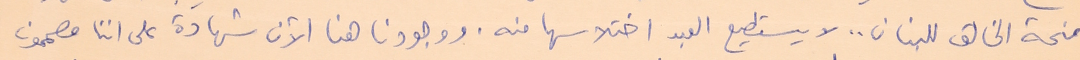
منحة الخالق للبنان .. لا يستطيع العبد اختلاسها منه. ووجودنا هنا الآن شهادة على اننا مصممون